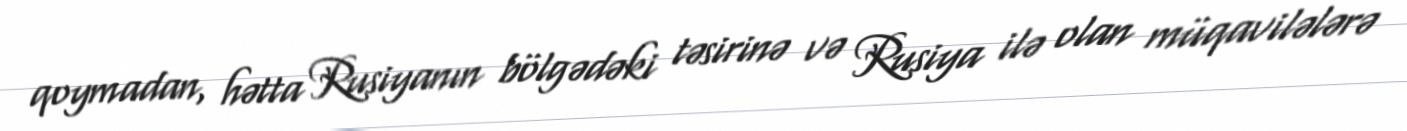
qoymadan, hətta Rusiyanın bölgədəki təsirinə və Rusiya ilə olan müqavilələrə